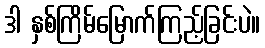
ဒါ နှစ်ကြိမ်မြောက်ကြည့်ခြင်းပဲ။